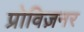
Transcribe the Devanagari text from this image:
प्रोविज़नर